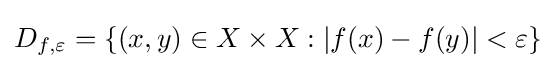
D_{f,\varepsilon }=\{(x,y)\in X\times X:|f(x)-f(y)|<\varepsilon \}